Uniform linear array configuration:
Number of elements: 12
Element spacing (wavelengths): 1
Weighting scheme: hamming
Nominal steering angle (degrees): -15
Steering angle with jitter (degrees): -14.028
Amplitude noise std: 0.05
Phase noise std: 0.05

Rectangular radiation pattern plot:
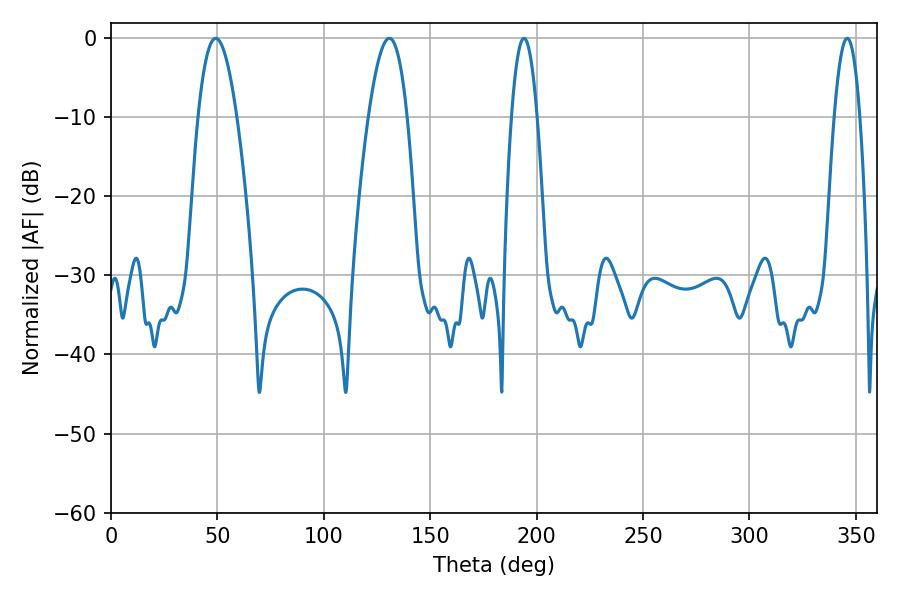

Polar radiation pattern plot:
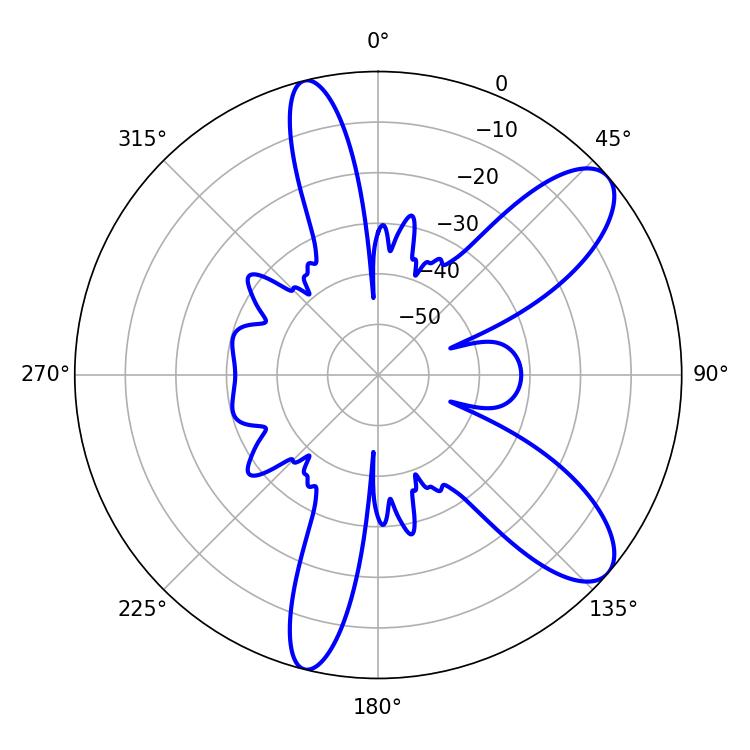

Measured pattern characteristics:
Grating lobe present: TRUE
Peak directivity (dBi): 9.516
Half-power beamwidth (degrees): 6.66
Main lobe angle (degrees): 194.04